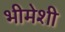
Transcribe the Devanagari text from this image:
भीमेशी